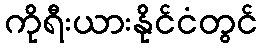
ကိုရီးယားနိုင်ငံတွင်